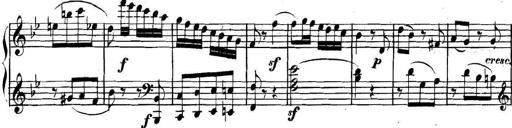
Title: Collected Piano Sonatas
Composer: Muzio Clementi